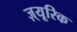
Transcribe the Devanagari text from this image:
ज़्यूरिक